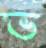
ভ